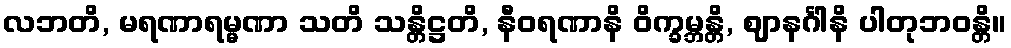
လဘတိ, မရဏာရမ္မဏာ သတိ သန္တိဋ္ဌတိ, နီဝရဏာနိ ဝိက္ခမ္ဘန္တိ, ဈာနင်္ဂါနိ ပါတုဘဝန္တိ။